Indian journal of veterinary science and animal husbandry - Volume 13,
Year: 1943
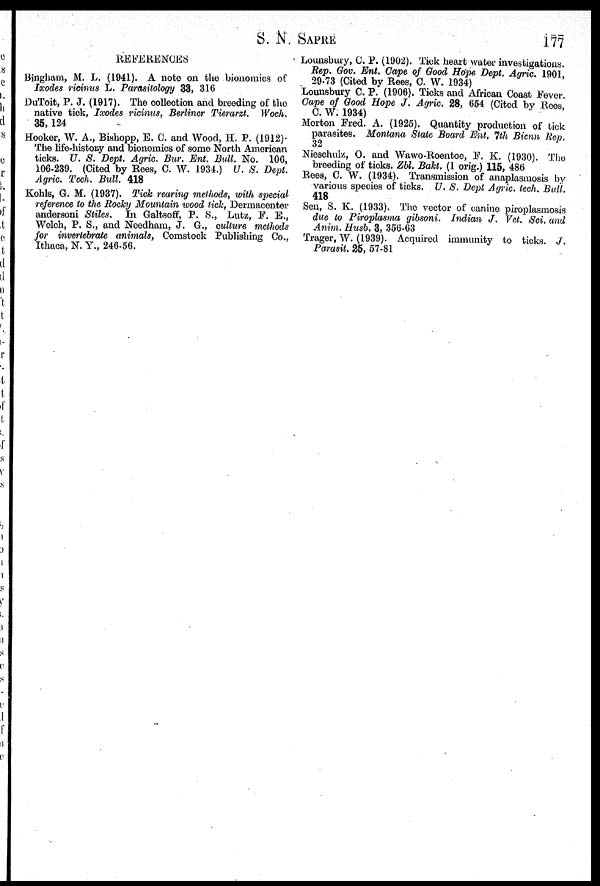
S. N. SAPRE 177
REFERENCES
Bingham, M. L. (1941). A note on the bionomics of
Ixodes ricinus L. Parasitology 33, 316
DuToit, P. J. (1917). The collection and breeding of the
native tick, Ixodes ricinus, Berliner Tierarzt. Woch.
35, 124
Hooker, W. A., Bishopp, E. C. and Wood, H. P. (1912).
The life-history and bionomics of some North American
ticks. U. S. Dept. Agric. Bur. Ent. Bull. No. 106,
106-239. (Cited by Rees, C. W. 1934.) U. S. Dept.
Agric. Tech. Bull. 418
Kohls, G. M. (1937). Tick rearing methods, with special
reference to the Rocky Mountain wood tick, Dermacenter
andersoni Stiles. In Galtsoff, P. S., Lutz, F. E.,
Welch, P. S., and Needham, J. G., culture methods
for invertebrate animals, Comstock Publishing Co.,
Ithaca, N. Y., 246-56.
Lounsbury, C. P. (1902). Tick heart water investigations.
Rep. Gov. Ent. Cape of Good Hope Dept. Agric. 1901,
29-73 (Cited by Rees, C. W. 1934)
Lounsbury C. P. (1906). Ticks and African Coast Fever.
Cape of Good Hope J. Agric. 28, 654 (Cited by Rees,
C. W. 1934)
Morton Fred. A. (1925). Quantity production of tick
parasites. Montana State Board Ent. 7th Bicnn Rep.
32
Nieschulz, O. and Wawo-Roentoe, F. K. (1930). The
breeding of ticks. Zbl. Bakt. (1 orig.) 115, 486
Rees, C. W. (1934). Transmission of anaplasmosis by
various species of ticks. U. S. Dept Agric. tech. Bull.
418
Sen, S. K. (1933). The vector of canine piroplasmosis
due to Piroplasma gibsoni. Indian J. Vet. Sci. and
Anim. Husb. 3, 356-63
Trager, W. (1939). Acquired immunity to ticks. J.
Parasit. 25, 57-81